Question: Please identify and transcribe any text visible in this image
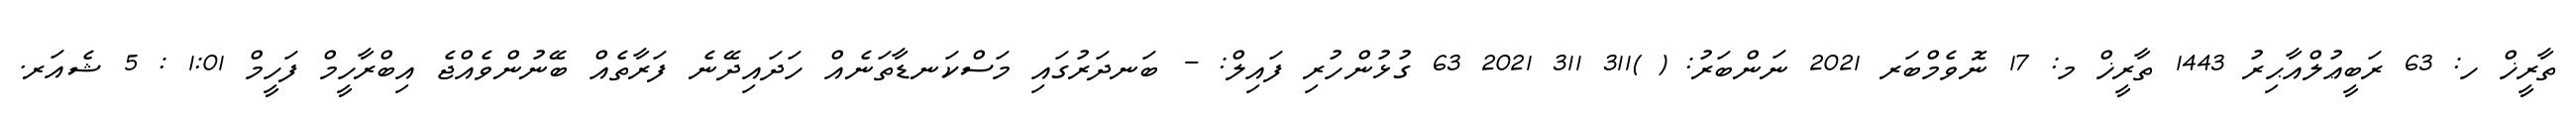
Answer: ތާރީޚް ހ: 63 ރަބީޢުލްއާޙިރު 1443 ތާރީޚް މ: 17 ނޮވެމްބަރ 2021 ނަންބަރު: ( )311 311 2021 63 ގުޅުންހުރި ފައިލް: - ބަނދަރުގައި މަސްކަނޑާތަނެއް ހަދައިދޭނެ ފަރާތެއް ބޭނުންވެއްޖެ އިބްރާހީމް ފަހީމް 1:01 : 5 ޝެއަރ.